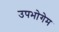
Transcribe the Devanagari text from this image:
उपभोगेम